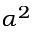
\alpha ^ { 2 }